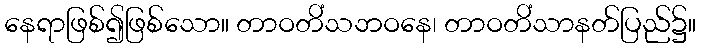
နေရာဖြစ်၍ဖြစ်သော။ တာဝတိံသဘဝနေ၊ တာဝတိံသာနတ်ပြည်၌။